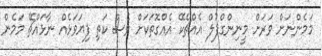
މަމެންނަށް ވަރަށް މީނިންގްފުލް އެއްޗެކޭ އެއްގޮތަކަށް ވެސް ކަތި ފިޔަވަޅެއް ނާޅައްޗޭ މަމެން